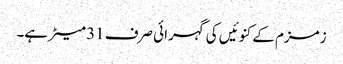
زمزم کے کنوئیں کی گہرائی صرف 31 میٹر ہے۔